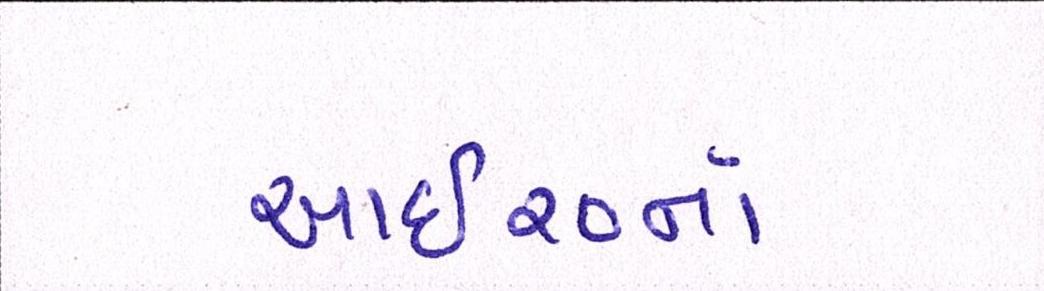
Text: આઇ૨૦નાં